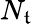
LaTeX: N_{\mathfrak{t}}